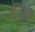
ઠિક